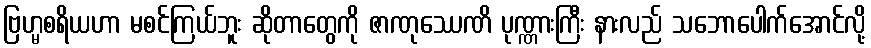
ဗြဟ္မစရိယဟာ မစင်ကြယ်ဘူး ဆိုတာတွေကို ဇာဏုဿေဏိ ပုဏ္ဏားကြီး နားလည် သဘောပေါက်အောင်လို့